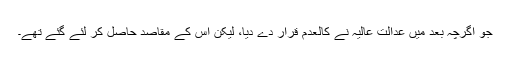
جو اگرچہ بعد میں عدالت عالیہ نے کالعدم قرار دے دیا، لیکن اس کے مقاصد حاصل کر لئے گئے تھے۔